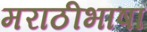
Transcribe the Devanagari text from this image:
मराठीभाषा